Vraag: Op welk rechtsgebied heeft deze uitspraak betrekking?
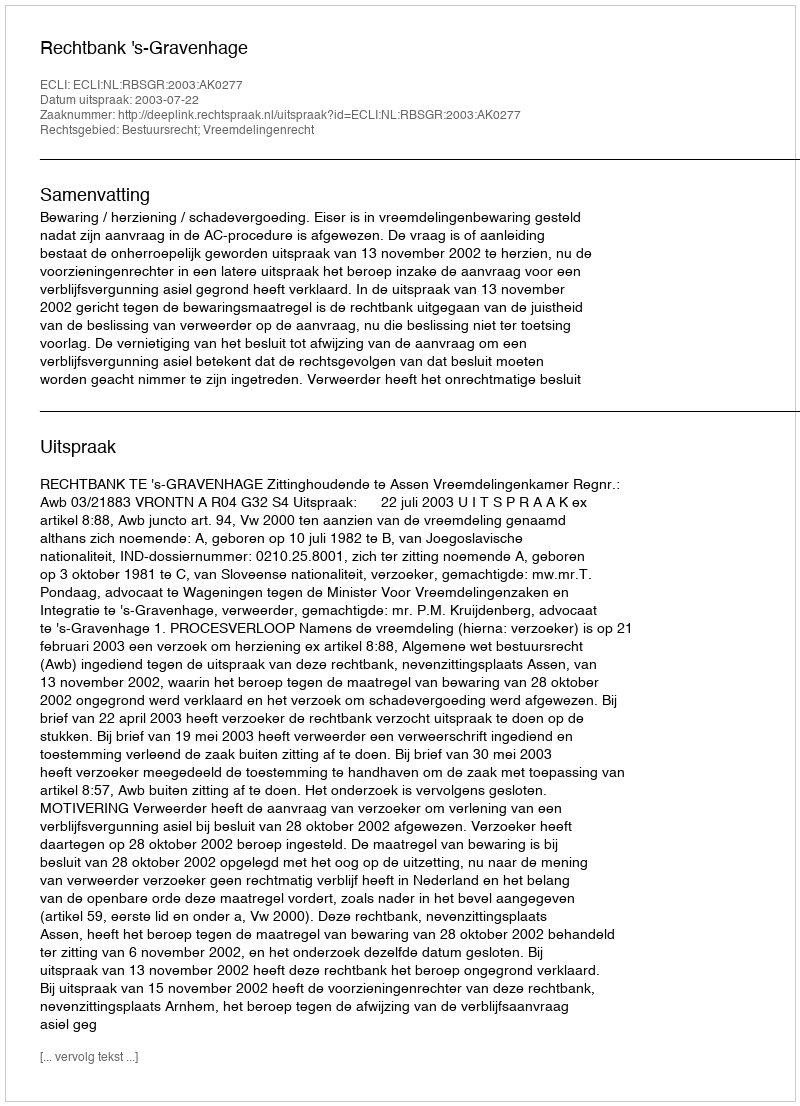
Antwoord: Bestuursrecht; Vreemdelingenrecht